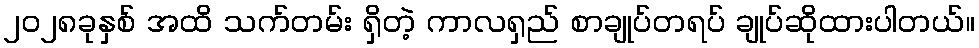
၂၀၂၈ခုနှစ် အထိ သက်တမ်း ရှိတဲ့ ကာလရှည် စာချုပ်တရပ် ချုပ်ဆိုထားပါတယ်။